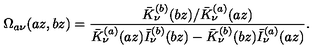
\Omega _ { a \nu } ( a z , b z ) = \frac { \bar { K } _ { \nu } ^ { ( b ) } ( b z ) / \bar { K } _ { \nu } ^ { ( a ) } ( a z ) } { \bar { K } _ { \nu } ^ { ( a ) } ( a z ) \bar { I } _ { \nu } ^ { ( b ) } ( b z ) - \bar { K } _ { \nu } ^ { ( b ) } ( b z ) \bar { I } _ { \nu } ^ { ( a ) } ( a z ) } .